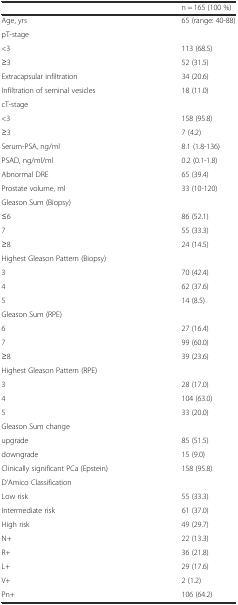
<table><thead><tr><td></td><td><b>n = 165 (100 %)</b></td></tr></thead><tbody><tr><td>Age, yrs</td><td>65 (range: 40-88)</td></tr><tr><td>pT-stage</td><td></td></tr><tr><td>&lt;3</td><td>113 (68.5)</td></tr><tr><td>≥3</td><td>52 (31.5)</td></tr><tr><td>Extracapsular infiltration</td><td>34 (20.6)</td></tr><tr><td>Infiltration of seminal vesicles</td><td>18 (11.0)</td></tr><tr><td>cT-stage</td><td></td></tr><tr><td>&lt;3</td><td>158 (95.8)</td></tr><tr><td>≥3</td><td>7 (4.2)</td></tr><tr><td>Serum-PSA, ng/ml</td><td>8.1 (1.8-136)</td></tr><tr><td>PSAD, ng/ml/ml</td><td>0.2 (0.1-1.8)</td></tr><tr><td>Abnormal DRE</td><td>65 (39.4)</td></tr><tr><td>Prostate volume, ml</td><td>33 (10-120)</td></tr><tr><td>Gleason Sum (Biopsy)</td><td></td></tr><tr><td>≤6</td><td>86 (52.1)</td></tr><tr><td>7</td><td>55 (33.3)</td></tr><tr><td>≥8</td><td>24 (14.5)</td></tr><tr><td>Highest Gleason Pattern (Biopsy)</td><td></td></tr><tr><td>3</td><td>70 (42.4)</td></tr><tr><td>4</td><td>62 (37.6)</td></tr><tr><td>5</td><td>14 (8.5)</td></tr><tr><td>Gleason Sum (RPE)</td><td></td></tr><tr><td>6</td><td>27 (16.4)</td></tr><tr><td>7</td><td>99 (60.0)</td></tr><tr><td>≥8</td><td>39 (23.6)</td></tr><tr><td>Highest Gleason Pattern (RPE)</td><td></td></tr><tr><td>3</td><td>28 (17.0)</td></tr><tr><td>4</td><td>104 (63.0)</td></tr><tr><td>5</td><td>33 (20.0)</td></tr><tr><td>Gleason Sum change</td><td></td></tr><tr><td>upgrade</td><td>85 (51.5)</td></tr><tr><td>downgrade</td><td>15 (9.0)</td></tr><tr><td>Clinically significant PCa (Epstein)</td><td>158 (95.8)</td></tr><tr><td>D’Amico Classification</td><td></td></tr><tr><td>Low risk</td><td>55 (33.3)</td></tr><tr><td>Intermediate risk</td><td>61 (37.0)</td></tr><tr><td>High risk</td><td>49 (29.7)</td></tr><tr><td>N+</td><td>22 (13.3)</td></tr><tr><td>R+</td><td>36 (21.8)</td></tr><tr><td>L+</td><td>29 (17.6)</td></tr><tr><td>V+</td><td>2 (1.2)</td></tr><tr><td>Pn+</td><td>106 (64.2)</td></tr></tbody></table>